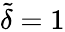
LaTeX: \tilde{\delta}=1